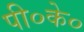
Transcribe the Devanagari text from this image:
पी०के०